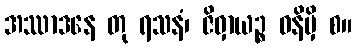
အဿာဒနေ တု ရသနံ၊ ဇိဝှာယဉ္စ ဓနိမှိ စ။